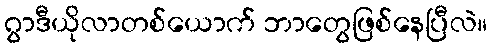
ဂွာဒီယိုလာတစ်ယောက် ဘာတွေဖြစ်နေပြီလဲ။